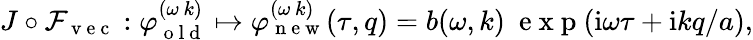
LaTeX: \begin{array}{r}{J\circ\mathcal{F}_{\mathrm{~v~e~c~}}:\varphi_{\mathrm{~o~l~d~}}^{(\omega\, k)}\mapsto\varphi_{\mathrm{~n~e~w~}}^{(\omega\, k)}(\tau,q)=b(\omega,k)\ \mathrm{~e~x~p~}(\mathrm{i}\omega\tau+\mathrm{i}kq/a),}\end{array}